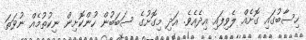
ހިސާބުގައި ގޮށެއް ލެވިފައި އިދެއެވެ. އަދި މިގޮށުގެ ސަބަބުން ހުންކޮށިން ނިކުތުމެއް ނުވަތަ